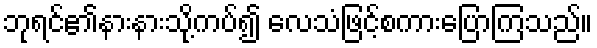
ဘုရင်၏နားနားသို့ကပ်၍ လေသံဖြင့်စကားပြောကြသည်။